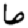
Digit: 6